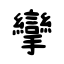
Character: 攣